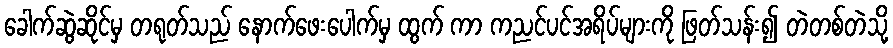
ခေါက်ဆွဲဆိုင်မှ တရုတ်သည် နောက်ဖေးပေါက်မှ ထွက် ကာ ကညင်ပင်အရိပ်များကို ဖြတ်သန်း၍ တဲတစ်တဲသို့